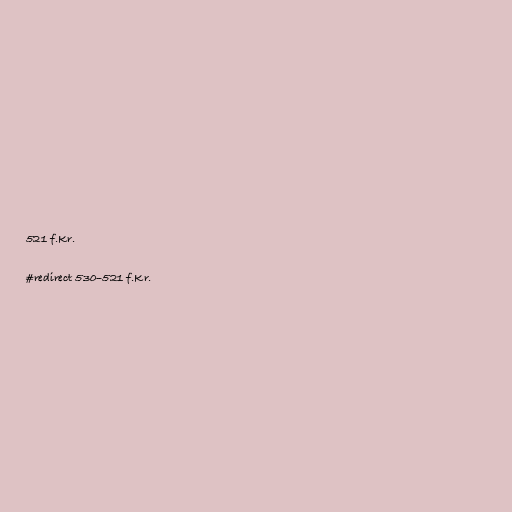
521 f.Kr.

#redirect 530–521 f.Kr.